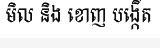
មិល និង ខោញ បង្កើត